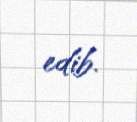
edib.